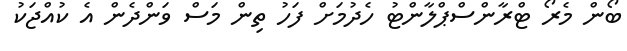
ބޯން މެރޯ ޓްރާންސްޕްލާންޓު ހެދުމަށް ފަހު ތިން މަސް ވަންދެން އެ ކުއްޖަކު